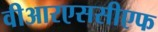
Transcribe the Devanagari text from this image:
वीआरएससीएफ